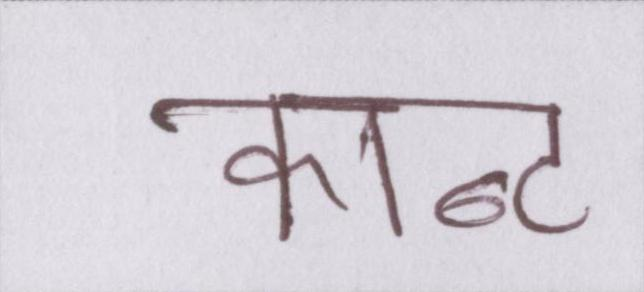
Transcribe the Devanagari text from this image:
कान्ट